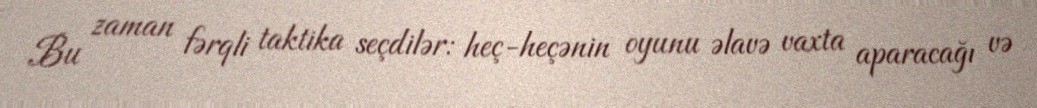
Bu zaman fərqli taktika seçdilər: heç-heçənin oyunu əlavə vaxta aparacağı və